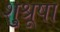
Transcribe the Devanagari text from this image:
शु्श्रूषा